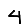
Digit: 4